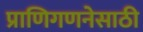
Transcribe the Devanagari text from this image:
प्राणिगणनेसाठी